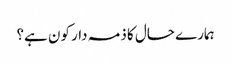
ہمارے حال کا ذمہ دار کون ہے؟